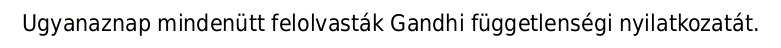
Ugyanaznap mindenütt felolvasták Gandhi függetlenségi nyilatkozatát.